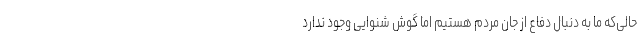
حالی‌که ما به دنبال دفاع از جان مردم هستیم اما گوش شنوایی وجود ندارد